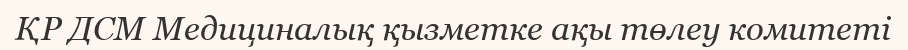
ҚР ДСМ Медициналық қызметке ақы төлеу комитеті